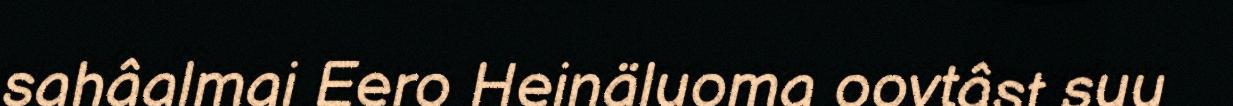
sahâalmai Eero Heinäluoma oovtâst suu